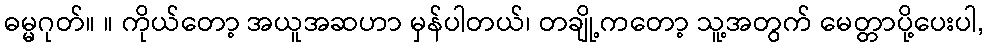
ဓမ္မဂုတ်။ ။ ကိုယ်တော့ အယူအဆဟာ မှန်ပါတယ်၊ တချို့ကတော့ သူ့အတွက် မေတ္တာပို့ပေးပါ,